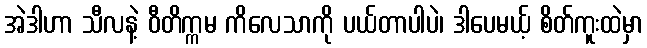
အဲဒါဟာ သီလနဲ့ ဝီတိက္ကမ ကိလေသာကို ပယ်တာပါပဲ၊ ဒါပေမယ့် စိတ်ကူးထဲမှာ